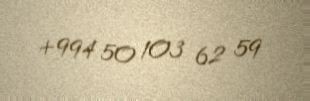
+994 50 103 62 59